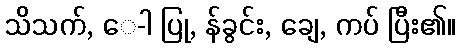
သိသက်, ေ-ါ ပြု, န်ခွင်း, ချေ, ကပ် ပြီး၏။